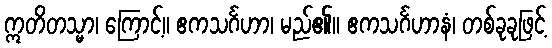
ဣတိတသ္မာ၊ ကြောင့်။ ဧကသင်္ဂဟာ၊ မည်၏။ ဧကသင်္ဂဟာနံ၊ တစ်ခုခုဖြင့်